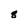
Character: 8